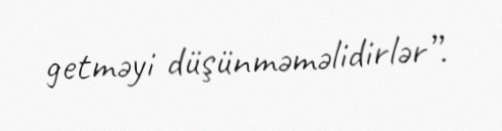
getməyi düşünməməlidirlər”.